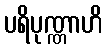
ပရိပုဏ္ဏာဟိ